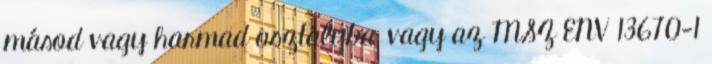
másod vagy harmad osztályba, vagy az MSZ ENV 13670-1